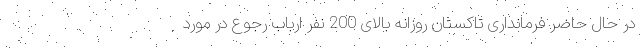
در حال حاضر فرمانداری تاکستان روزانه بالای 200 نفر ارباب رجوع در مورد